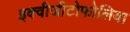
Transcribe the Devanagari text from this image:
इक्वीजीटोफोलिया